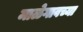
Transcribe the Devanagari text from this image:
माळेगावच्या